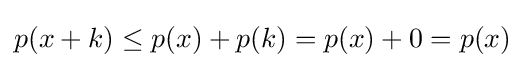
p(x+k)\leq p(x)+p(k)=p(x)+0=p(x)